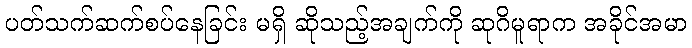
ပတ်သက်ဆက်စပ်နေခြင်း မရှိ ဆိုသည့်အချက်ကို ဆုဂိမူရာက အခိုင်အမာ